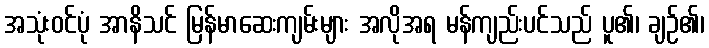
အသုံးဝင်ပုံ အာနိသင် မြန်မာဆေးကျမ်းများ အလိုအရ မန်ကျည်းပင်သည် ပူ၏၊ ချဉ်၏၊